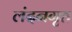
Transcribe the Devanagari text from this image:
लंदनगृह